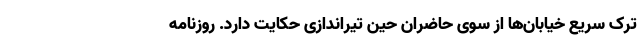
ترک سریع خیابان‌ها از سوی حاضران حین تیراندازی حکایت دارد. روزنامه